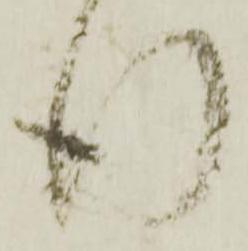
行